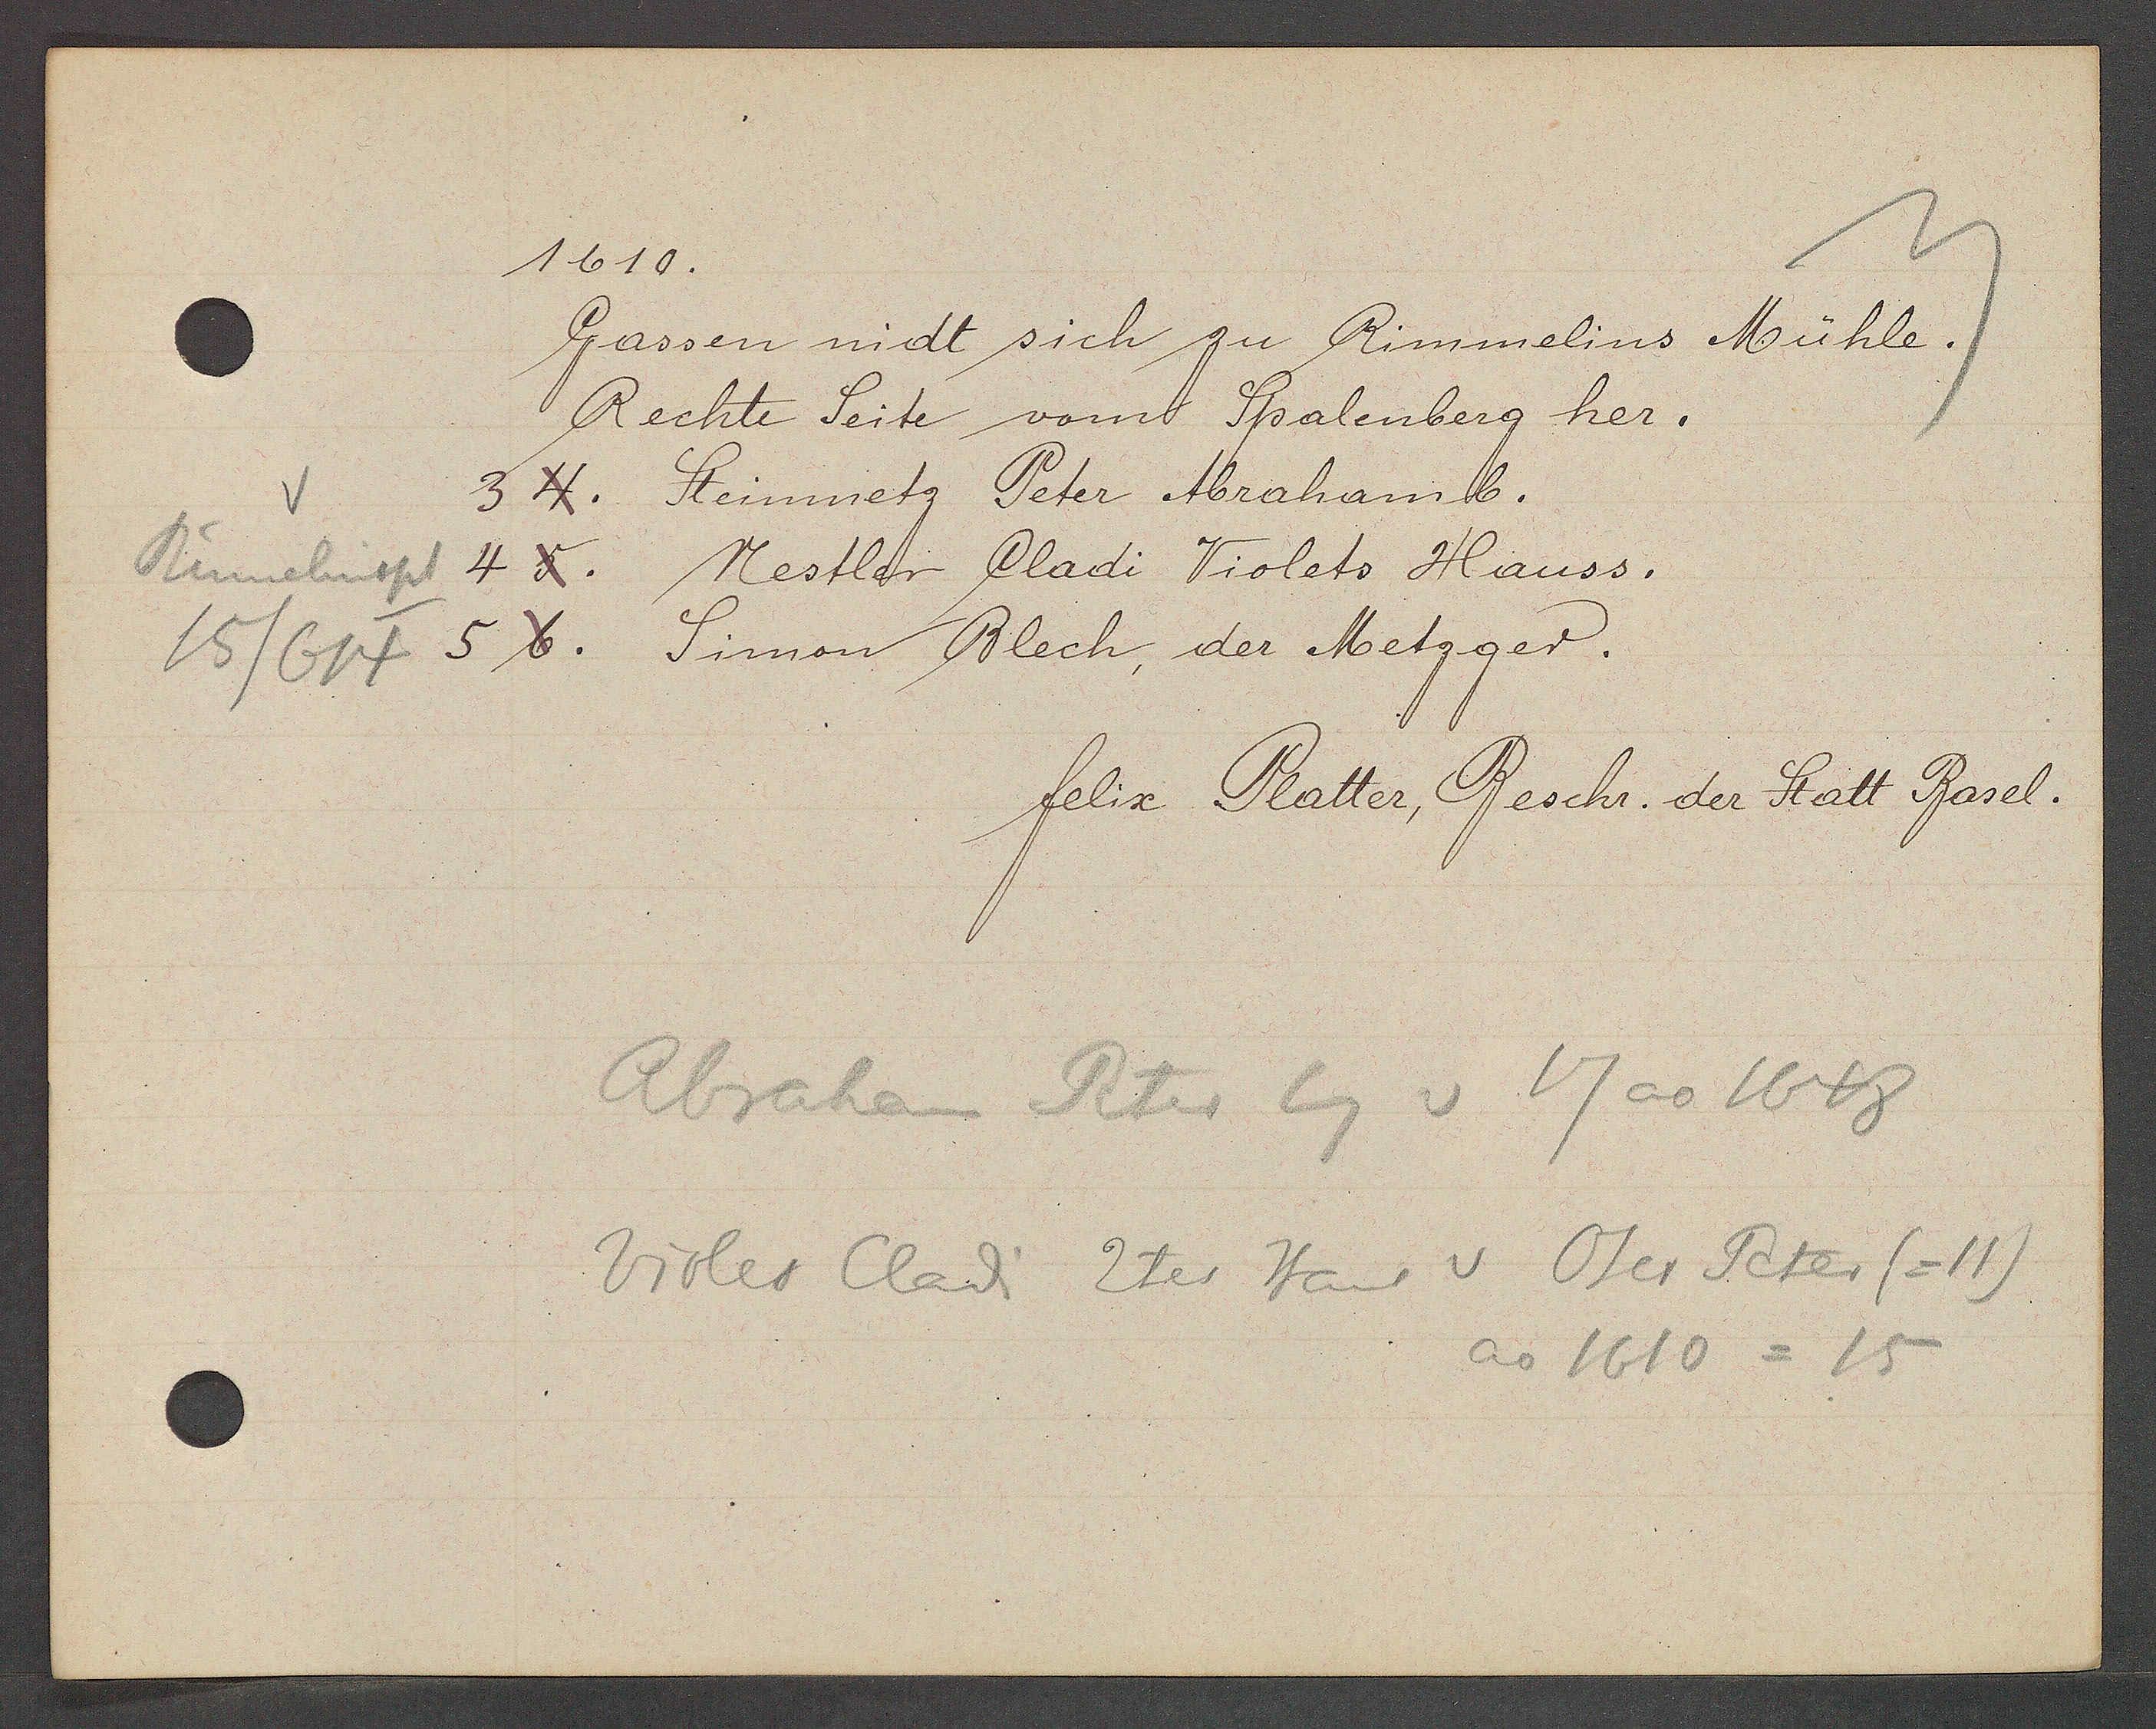
Transcript:
Rümelinspl
15/614

1610.

Gassen nidt sich zu Rimmelins Mühle.
Rechte Seite vom Spalenberg her.
3 4. Steinmetz Peter Abrahamb.
4 5.
Nestler Cladi Violets Hauss.
5 6.Simon Blech, der Metzger.

felix Platter, Beschr. der Statt Basel.

Abraham Peter Eg v 17 ao 1648
Violet Cladi 2tes Haus v Oser Peter (=11)
ao 1610 = 15